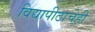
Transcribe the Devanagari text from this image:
विद्यापीठाचेही